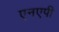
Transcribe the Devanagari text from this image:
एनएपी